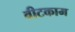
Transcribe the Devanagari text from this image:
वीटकाम